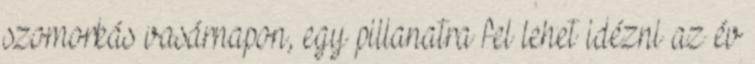
szomorkás vasárnapon, egy pillanatra fel lehet idézni az év